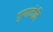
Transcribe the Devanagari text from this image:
गुणाचेनि